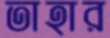
তাহার